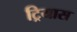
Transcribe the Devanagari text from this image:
ट्रियास